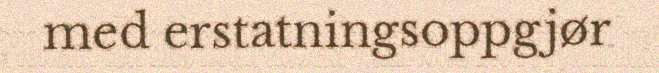
med erstatningsoppgjør